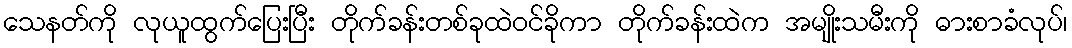
သေနတ်ကို လုယူထွက်ပြေးပြီး တိုက်ခန်းတစ်ခုထဲဝင်ခိုကာ တိုက်ခန်းထဲက အမျိုးသမီးကို ဓားစာခံလုပ်၊